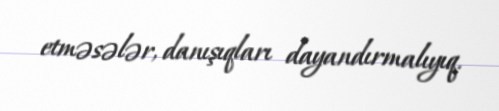
etməsələr, danışıqları dayandırmalıyıq.